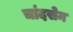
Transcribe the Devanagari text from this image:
चांदसेन